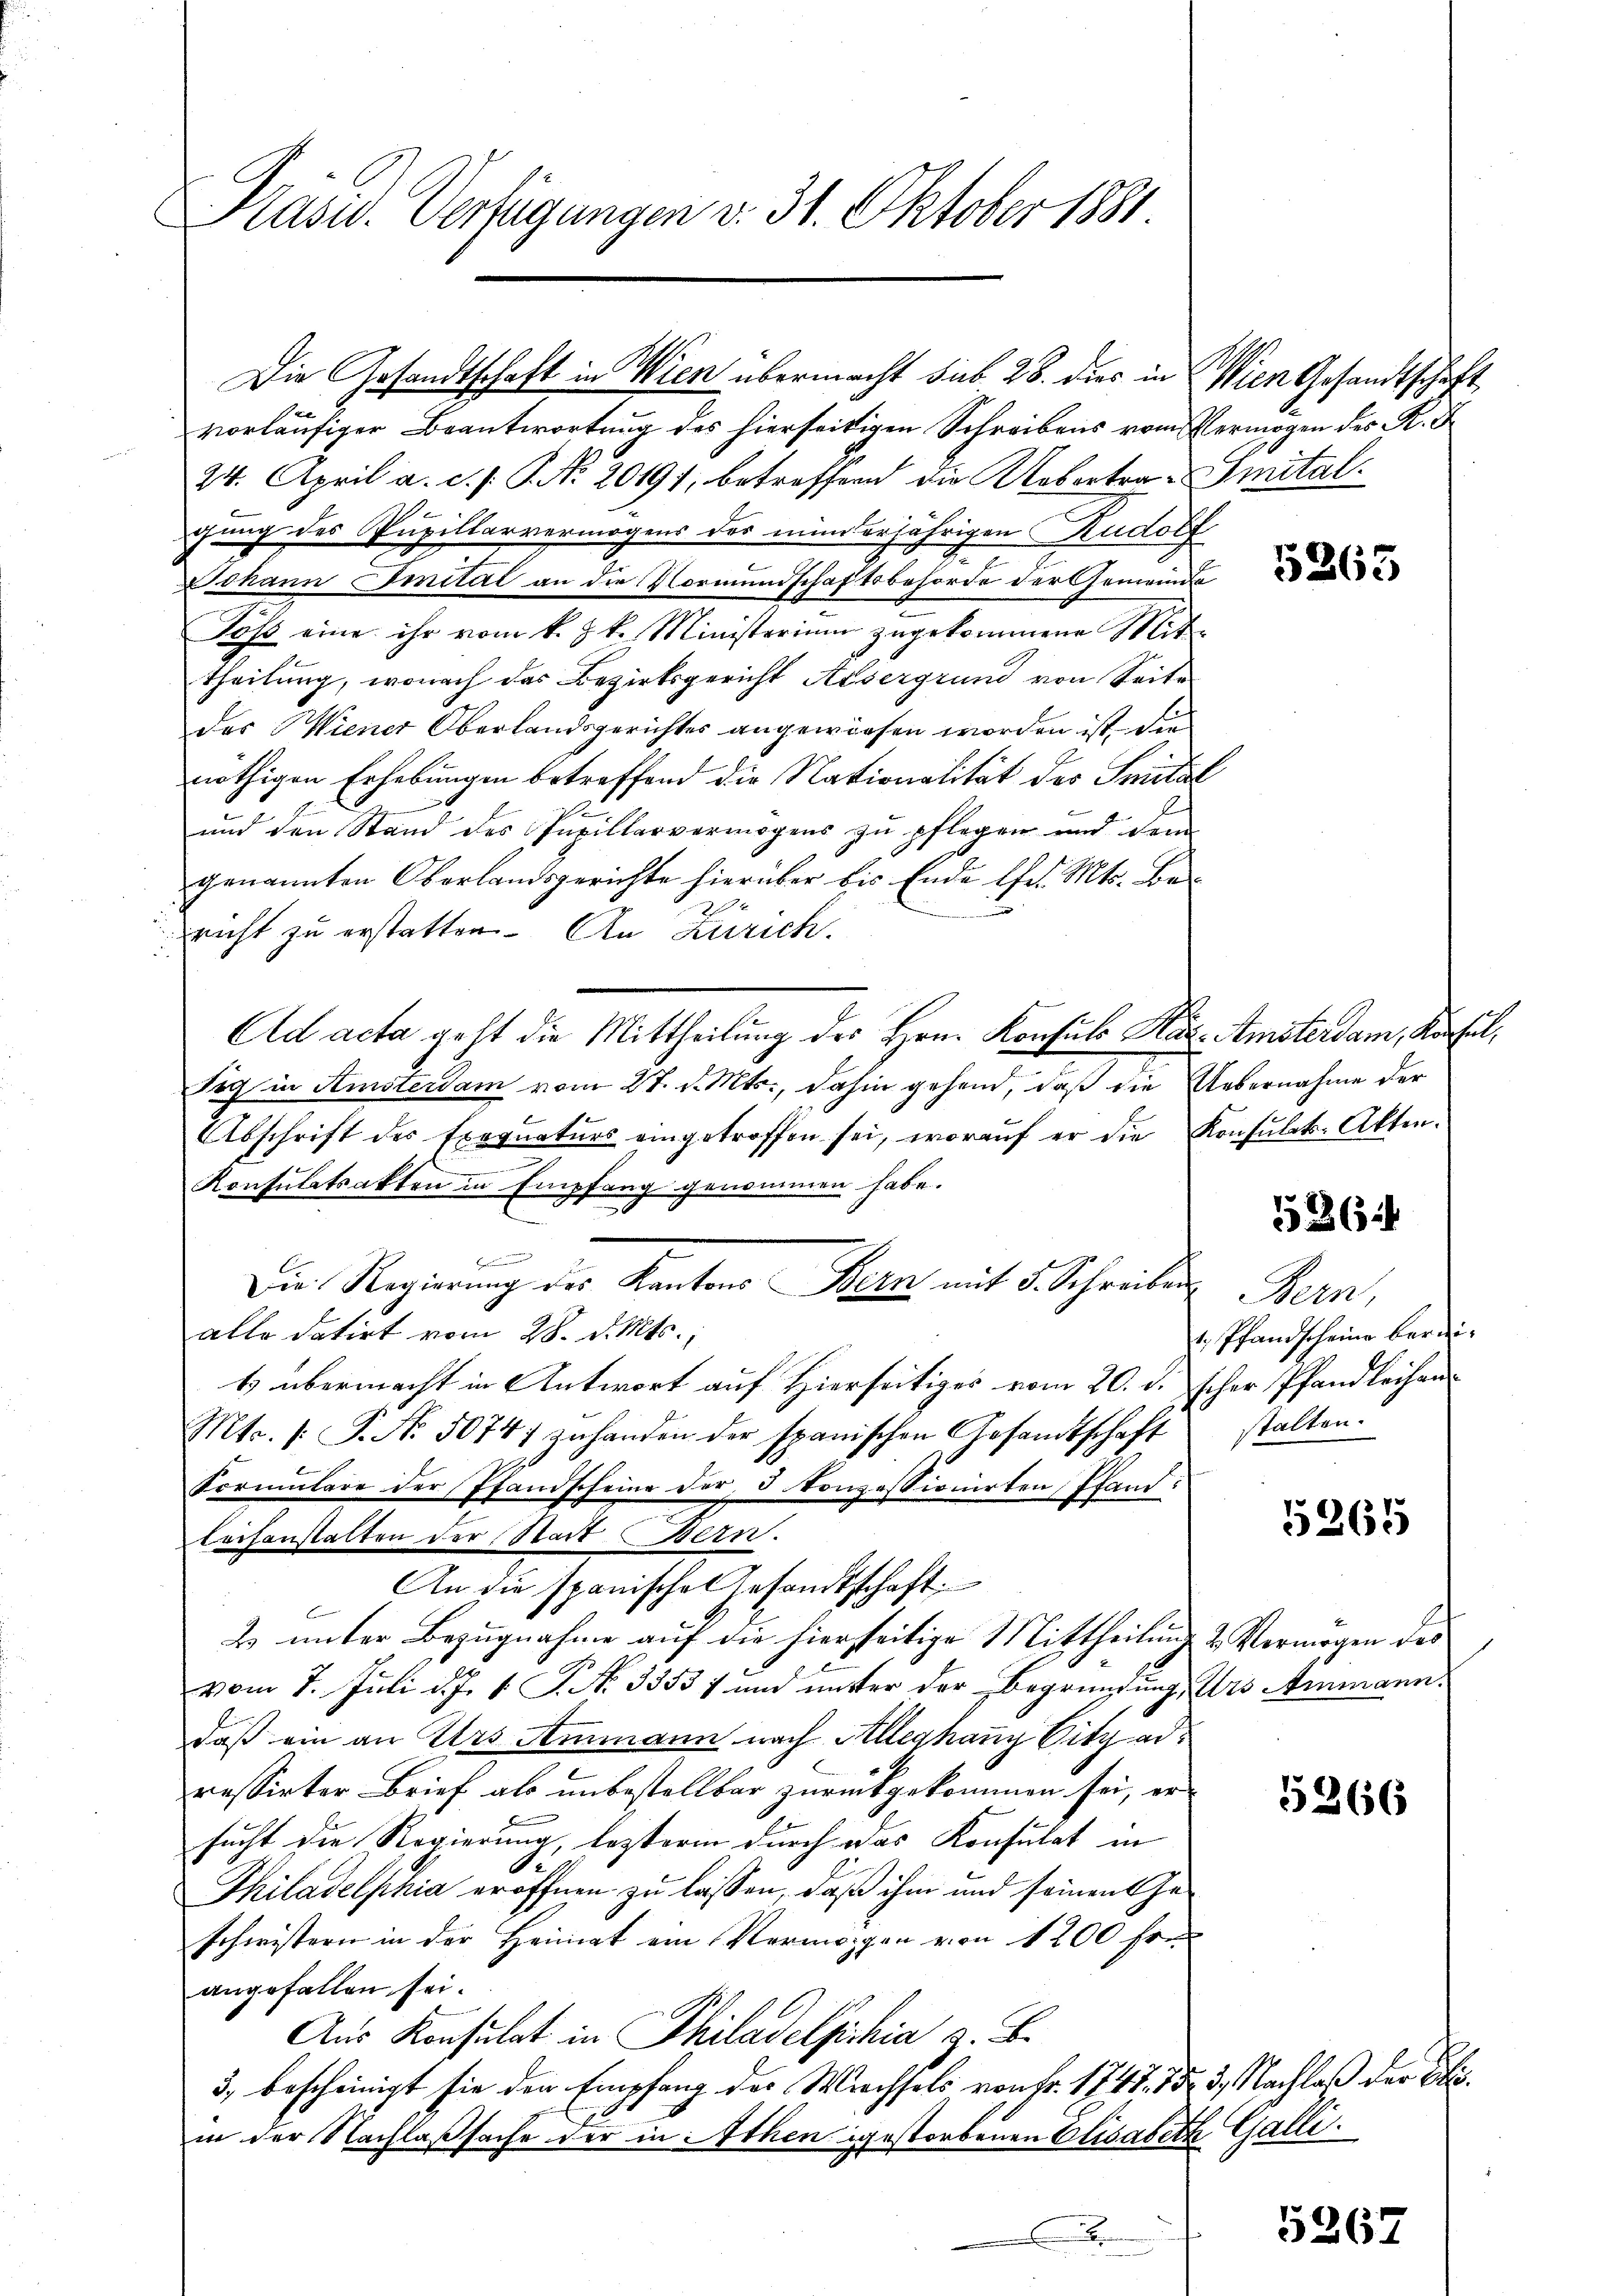
Präsid. Verfügungen v. 31. Oktober 1891.

u

Die Gesandtschaft in Wien übermacht sub 28. dies in Wien Gesandtschaft
2
vorläufiger Beantwortung des hierseitigen Schreibens vom Vermögen des K. F
24. April a. c. s. S. No 20191, betreffend die Rebertra-Smitalgung des Pupillarvermögens des minderjährigen Rudolf
Johann Imital an die Vormundschaftsbehörde der Gemeinde
Toss eine ihr vom k. k. Ministerium zugekommene Mittheilung, wonach das Bezirksgericht Ausergrund von Seite
des Wiener Oberlandsgerichtes angewiesen worden ist, die
nöthigen Erhebungen betreffend die Nationalität des Spital
und den Stand des Pupillarvermögens zu pflegen und dem
genannten Oberlandsgerichte hierüber bis Ende Ehe. Mts. Be-
J
richt zu erstatten. An Zürich.
Ad acta geht die Mittheilung des Hrn. Konsuls Har. Amsterdam, Konsul,
Tig in Amsterdam vom 27. d. Mts., dahin gehend, daß die Uebernahme der
Abschrift des Exequaturs eingetroffen sei, worauf er die Konsulats-Akten.
Konsulatsakten in Empfang genommen habe.
r
alle datirt vom 28. d. Mts.,
1 übermacht in Antwort auf Hierseitiges vom 20. d. scher Pfandleihen¬
Mts. /: P. No. 50747 zuhanden der spanischen Gesandtschaft
Formŭlare der Pfandscheine der 3 Konzessionirten Pfand:
leifenstalten der Stadt Bern.
An die spanische Gesandtschaft
2. unter Bezugnahme auf die hierseitige Mittheilung & Vermögen des
vom 8. Juli d. J. J. No. 3353) und unter der Begründung, Urs Ammann
daß ein an Urs Ammann nach Alleghany Vitz adressirter Brief als unbestellbar zurückgekommen sei, ersucht die Regierung, lezterm durch das Konsulat in
Philadelphia eröffnen zu lassen, daß ihm und seinen Geschwistern in der Heimat ein Vermögen von 1200 fr.
angefallen sei.
Aus Konsulat in Philadelphia z. B.
3., bescheinigt sie den Empfang des Wirchsels von Fr. 1741. 152. 3. Nachlaß der Diin der Nachlaßsache der in Ithen gestorbenen Elisabeth Galli
A

Die Regierung der Kantons Bern mit 5 Schreiben Bern,

5265

1526

1. Pfandscheine bereistalten.

5265

5266

5267